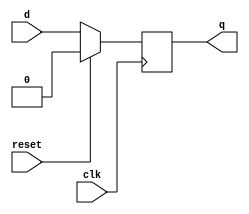
module d_ff(
input d,clk,reset,
output reg q);


always @(posedge clk) begin
	if(reset)
		q <= 0;
	else
		q <= d;
end

endmodule